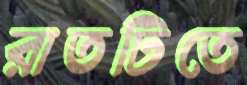
রাতটিতে